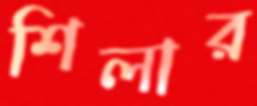
শিলার